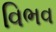
વિભવ